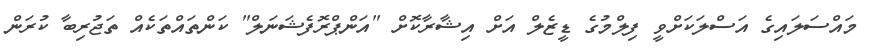
މައްސަލައިގެ އަސްލަކަށްވީ ފިލްމުގެ ޑީޒެލް އަށް އިޝާރާކޮށް "އަންޕްރޮފެޝަނަލް" ކަންތައްތަކެއް ތަޖުރިބާ ކުރަން